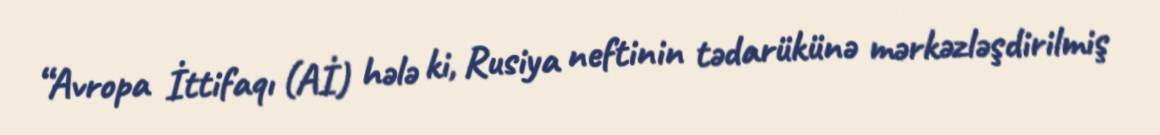
“Avropa İttifaqı (Aİ) hələ ki, Rusiya neftinin tədarükünə mərkəzləşdirilmiş